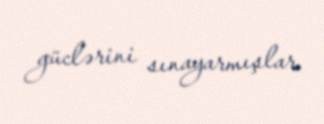
güclərini sınayarmışlar.